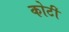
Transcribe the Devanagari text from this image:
कोटीं